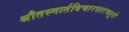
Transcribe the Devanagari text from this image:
श्रौतस्मार्तविचारसारचतुरो